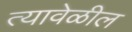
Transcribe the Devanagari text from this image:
त्यावेळील